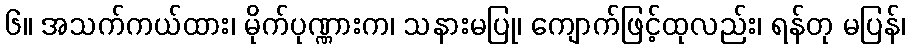
၆။ အသက်ကယ်ထား၊ မိုက်ပုဏ္ဏားက၊ သနားမပြု၊ ကျောက်ဖြင့်ထုလည်း၊ ရန်တု မပြန်၊